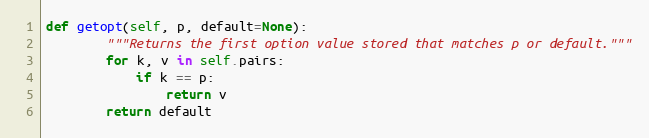
Language: Python
def getopt(self, p, default=None):
        """Returns the first option value stored that matches p or default."""
        for k, v in self.pairs:
            if k == p:
                return v
        return default